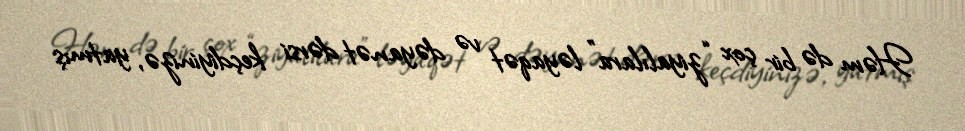
Həm də bir çox “ziyalılara” ləyaqət və dəyanət dərsi keçdiyinizə, yatmış